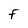
Character: F